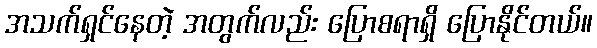
အသက်ရှင်နေတဲ့ အတွက်လည်း ပြောစရာရှိ ပြောနိုင်တယ်။